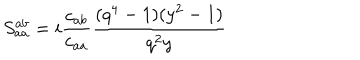
\displaystyle S _ { a a } ^ { a b } = i \frac { c _ { a b } } { c _ { a a } } \frac { ( q ^ { 4 } - 1 ) ( y ^ { 2 } - 1 ) } { q ^ { 2 } y }